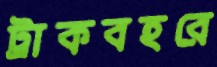
ট্রাকবহরে